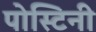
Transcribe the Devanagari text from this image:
पोस्टिनी